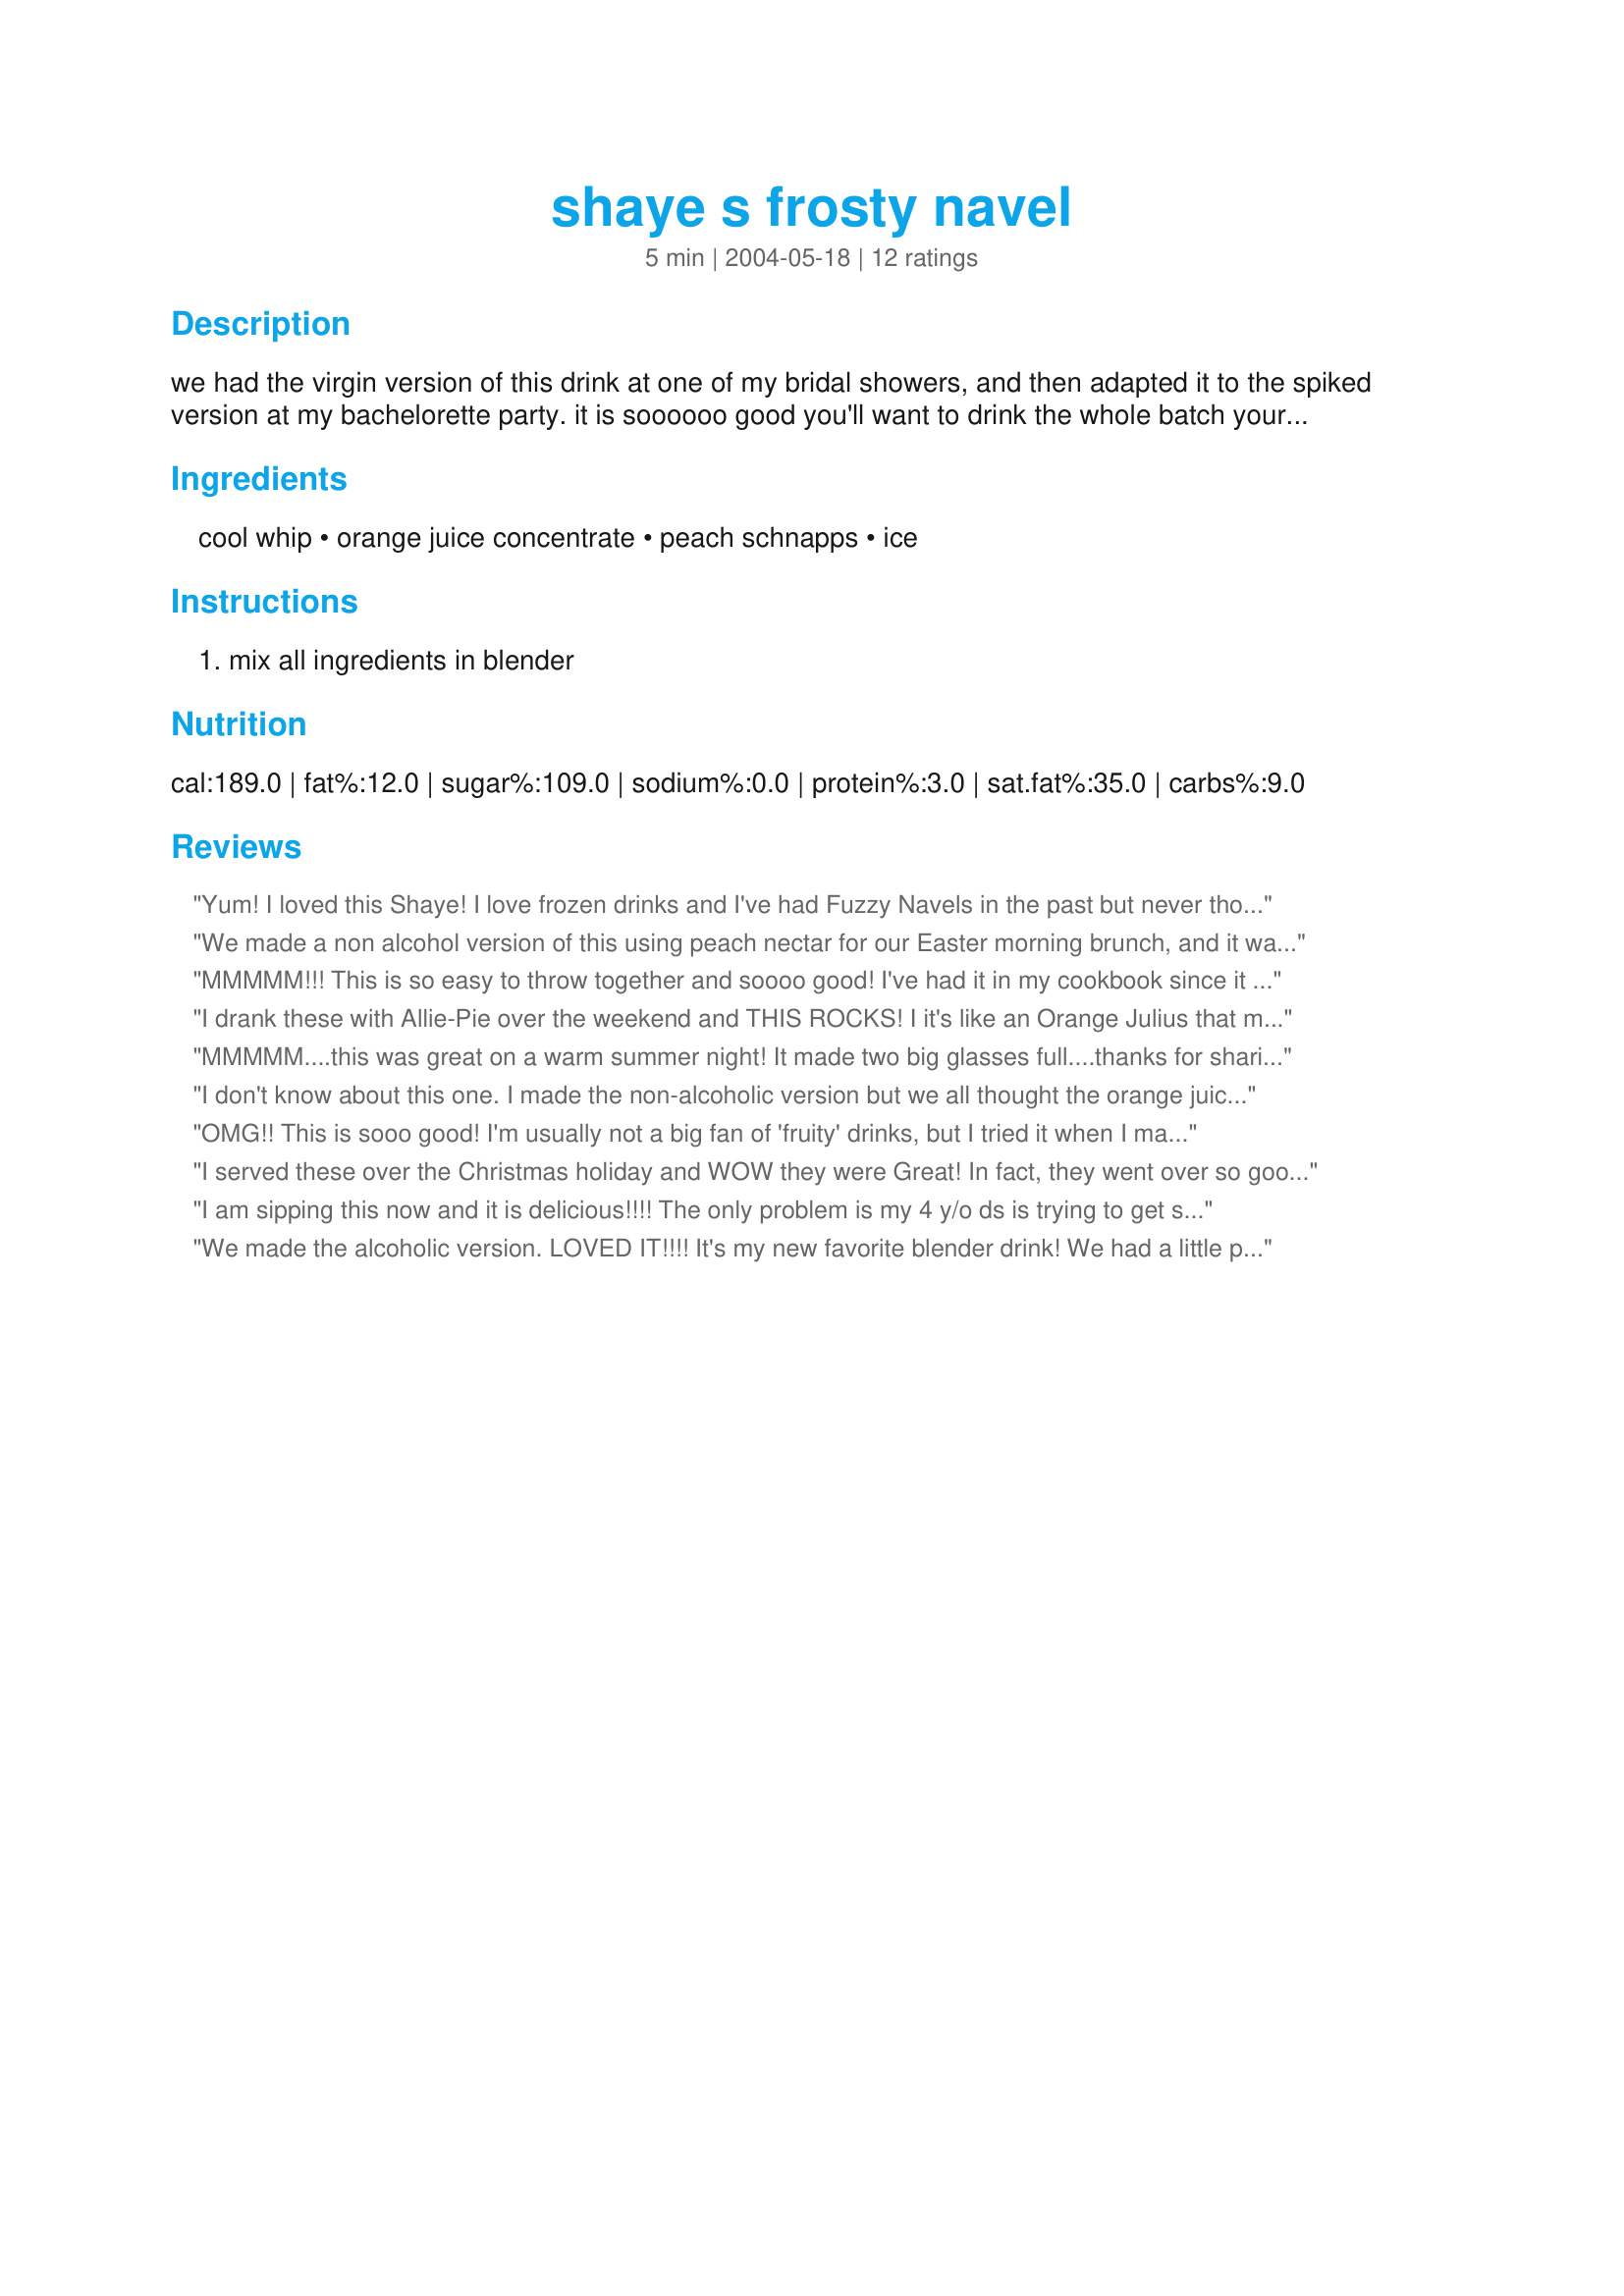
shaye s frosty navel
Preparation time: 5 minutes

we had the virgin version of this drink at one of my bridal showers, and then adapted it to the spiked version at my bachelorette party. it is soooooo good you'll want to drink the whole batch yourself!

Ingredients:
cool whip, orange juice concentrate, peach schnapps, ice

Steps:
mix all ingredients in blender

Reviews:
Yum! I loved this Shaye! I love frozen drinks and I've had Fuzzy Navels in the past but never thought to make a frosty navel lol It's a perfect summertime drink. I'll be making this often ;-) Thanks brat!
We made a non alcohol version of this using peach nectar for our Easter morning brunch, and it was really enjoyed by all, especially the young. I expect that one could change the fruit juice for variety and still have a terrific drink.
MMMMM!!! This is so easy to throw together and soooo good! I've had it in my cookbook since it posted, but loss of a/c gave me the motivation I needed to actually get it made-I guess that's one reason to be thankful for our a/c being broken!(= I made the virgin version, but not exactly as directed. I used the juice from a can of fruit cocktail and added enough water to bring it to 6oz. I also don't have a blender, just a mini processor, so, I whirred each ingredient in it separately and then just mixed them all together with a wisk in a bigger bowl. I did want to drink the whole batch, but decided to share with hubby-he was grateful!(= I will definitely be making this one again. Thanks for posting, Shaye!
I drank these with Allie-Pie over the weekend and THIS ROCKS! I it's like an Orange Julius that makes you feel real good! I think this will be my drink of choice this summer.
MMMMM....this was great on a warm summer night! It made two big glasses full....thanks for sharing!!
I don't know about this one. I made the non-alcoholic version but we all thought the orange juice concentrate amount made it a little too sour. It's probably just a matter of personal taste but I will try again aometime and adjust the amounts to balance more to our taste. Thanks anyway for the recipe.
OMG!! This is sooo good! I'm usually not a big fan of 'fruity' drinks, but I tried it when I made this up for some friends... I loved it, and I couldn't keep up with the demand for more! I made the alcoholic version, and didn't change a thing- Thank you for this recipe!!
I served these over the Christmas holiday and WOW they were Great! In fact, they went over so good at Christmas I am bringing them to a dinner tonight at a friends' house. Thanks for sharing this keeper Shaye.
I am sipping this now and it is delicious!!!! The only problem is my 4 y/o ds is trying to get some!!! (I made the alcoholic version, lol). I have never heard of this drink before but I will definitely be making it again! Thanks for sharing, Shaye!!!
We made the alcoholic version. LOVED IT!!!! It's my new favorite blender drink! We had a little party here last weekend and my husband couldn't make them fast enough for us. Great pool-side (don't drink and swim ;)summertime drink. Thanks Shaye!
Add me to your 5 star list, made this over the long weekend while we were camping, they were a big hit!! Alcoholic version of course!
"YEAH BABY!" This drink is SOOOOOO GOOD! I really like fuzzy navels and this "frosty" version takes them to a whole new level!....smooth & creamy and oh so good, great summertime drink! (I did the alcoholic version as well!) My hubby and neighbour thought they were great too, and my neighbour took the recipe home! Can't wait to try these out on my friends and family and only wish I would have discovered them before! Where were they in my 20's! The girls sure would have had fun with these! lol!...they are hard to stop drinking, but I must admit that after downing three of these babies(they go down good!) I found them to be getting pretty filling, so I stopped there. Thank you so much Shaye, I loved them,and will definitely be making them many times over!
